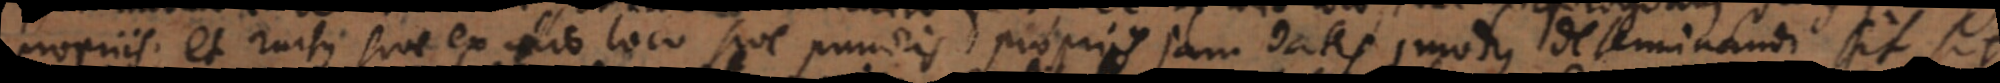
propriis; et rursus sive ex alio loco sive punctis propriis jam datis, modus determinandi sit situs